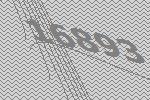
16893